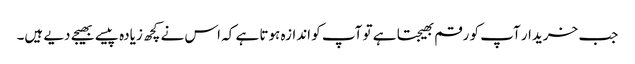
جب خریدار آپ کو رقم بھیجتا ہے تو آپ کو اندازہ ہوتا ہے کہ اس نے کچھ زیادہ پیسے بھیجے دیے ہیں۔